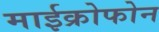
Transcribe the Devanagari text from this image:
माईक्रोफोन